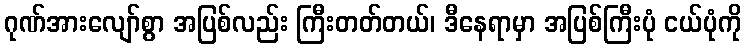
ဂုဏ်အားလျော်စွာ အပြစ်လည်း ကြီးတတ်တယ်၊ ဒီနေရာမှာ အပြစ်ကြီးပုံ ငယ်ပုံကို